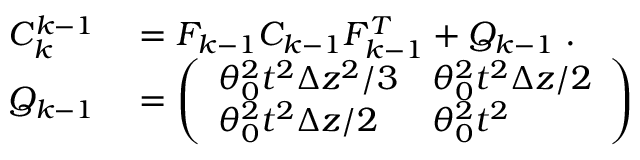
\begin{array} { r l } { C _ { k } ^ { k - 1 } } & { { } = F _ { k - 1 } C _ { k - 1 } F _ { k - 1 } ^ { T } + Q _ { k - 1 } \; . } \\ { Q _ { k - 1 } } & { { } = \left( \begin{array} { l l } { \theta _ { 0 } ^ { 2 } t ^ { 2 } \Delta z ^ { 2 } / 3 } & { \theta _ { 0 } ^ { 2 } t ^ { 2 } \Delta z / 2 } \\ { \theta _ { 0 } ^ { 2 } t ^ { 2 } \Delta z / 2 } & { \theta _ { 0 } ^ { 2 } t ^ { 2 } } \end{array} \right) } \end{array}